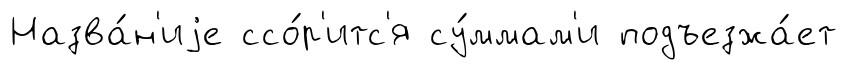
Назва́н'иjе ссо́р'итс'я су́ммам'и подъезжа́ет